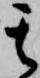
其